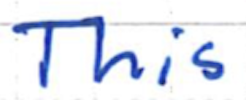
Text: This
Cross-out: clean
Writing tool: ballpoint